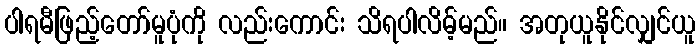
ပါရမီဖြည့်တော်မူပုံကို လည်းကောင်း သိရပါလိမ့်မည်။ အတုယူနိုင်လျှင်ယူ